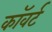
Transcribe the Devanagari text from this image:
कॉवर्ट